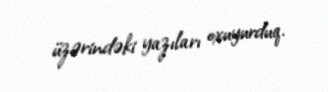
üzərindəki yazıları oxuyurduq.